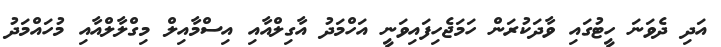
އަދި ދެވަނަ ހީޓުގައި ވާދަކުރަން ހަމަޖެހިފައިވަނީ އަހްމަދު އާގިލްއާއި އިސްމާއިލް މިގްލާލްއާއި މުހައްމަދު